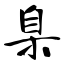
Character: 臬